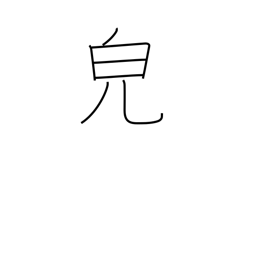
Meaning: appearance